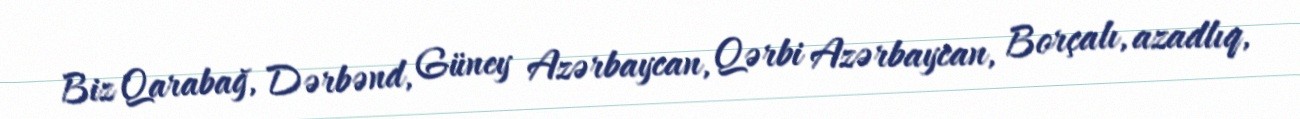
Biz Qarabağ, Dərbənd, Güney Azərbaycan, Qərbi Azərbaycan, Borçalı, azadlıq,